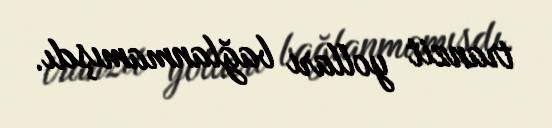
tranzit yolları bağlanmamışdı.